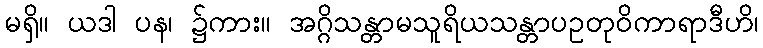
မရှိ။ ယဒါ ပန၊ ၌ကား။ အဂ္ဂိသန္တာမသူရိယသန္တာပဥတုဝိကာရာဒီဟိ၊